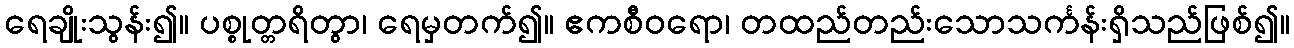
ရေချိုးသွန်း၍။ ပစ္စုတ္တရိတွာ၊ ရေမှတက်၍။ ဧကစီဝရော၊ တထည်တည်းသောသင်္ကန်းရှိသည်ဖြစ်၍။